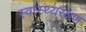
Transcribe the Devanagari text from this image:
स्वास्थ्यरक्षण